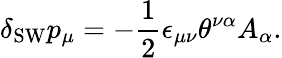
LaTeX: \delta_{\mathrm{SW}}p_{\mu}=-\frac{1}{2}\epsilon_{\mu\nu}\theta^{\nu\alpha}A_{\alpha}.